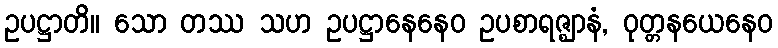
ဥပဋ္ဌာတိ။ သော တဿ သဟ ဥပဋ္ဌာနေနေဝ ဥပစာရဇ္ဈာနံ, ဝုတ္တနယေနေဝ